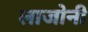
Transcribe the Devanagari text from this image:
लाजोनी